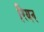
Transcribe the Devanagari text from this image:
रियन